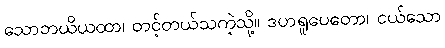
သောဘယိယထာ၊ တင့်တယ်သကဲ့သို့။ ဒဟရူပေတော၊ ငယ်သော